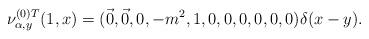
LaTeX: \begin{align*}\nu^{(0)T}_{\alpha,y}(1,x)=(\vec{0}, \vec{0}, 0, -m^{2}, 1, 0, 0, 0, 0, 0, 0)\delta (x-y).\end{align*}